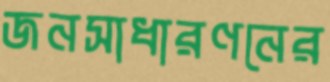
জনসাধারণনের